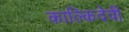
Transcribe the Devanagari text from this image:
काल्किदेवी